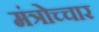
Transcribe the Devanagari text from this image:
मंत्रोच्‍चार